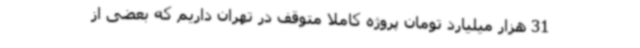
31 هزار میلیارد تومان پروژه کاملا متوقف در تهران داریم که بعضی از